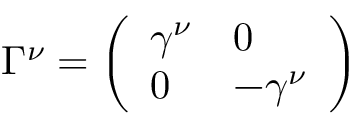
\Gamma ^ { \nu } = \left( \begin{array} { l l } { { \gamma ^ { \nu } } } & { { 0 } } \\ { { 0 } } & { { - \gamma ^ { \nu } } } \end{array} \right)